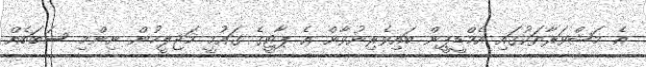
އެ މަޝްވަރާތަކުގައި އެމްޑީޕީން ބައިވެރިނުވާން އެ ޕާޓީގެ ގައުމީ މަޖިލީހުން ނިންމި ސަބަބެއް